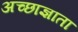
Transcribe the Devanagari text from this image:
अच्छाज्ञाता